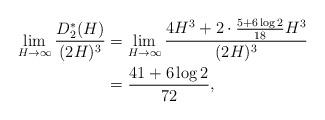
LaTeX: \begin{align*}\lim_{H\to \infty}\frac{D_2^*(H)}{(2H)^3}&=\lim_{H\to \infty}\frac{4H^3+2\cdot \frac{5+6\log 2}{18}H^3}{(2H)^3}\\&=\frac{41+6\log 2}{72},\end{align*}